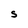
Character: S